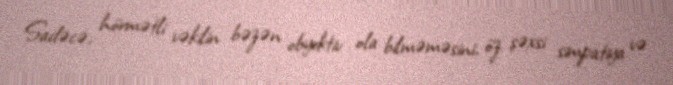
Sadəcə, hörmətli vəkilin bəzən obyektiv ola bilməməsini, öz şəxsi simpatiya və